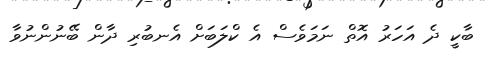
ބާކީ ދެ އަހަރު އޮތް ނަމަވެސް އެ ކްލަބަށް އެނބުރި ދާން ބޭނުންނުވާ